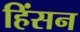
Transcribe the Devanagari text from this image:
हिंसन